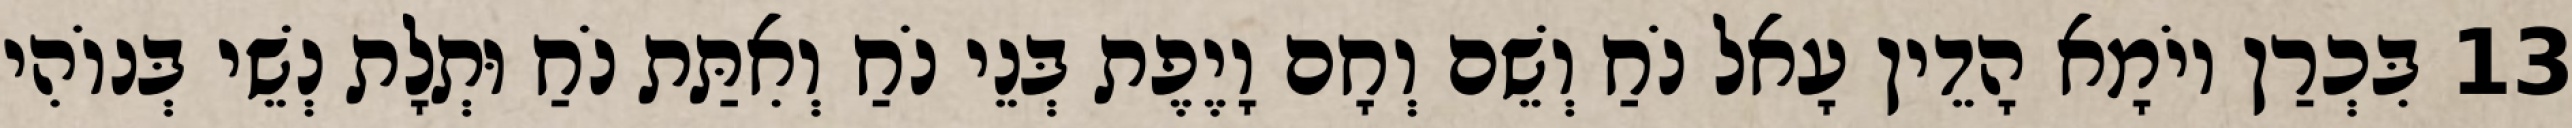
13 בִּכְרַן יוֹמָא הָדֵין עָאל נֹחַ וְשֵׁם וְחָם וָיֶפֶת בְּנֵי נֹחַ וְאִתַּת נֹחַ וּתְלָת נְשֵׁי בְּנוֹהִי